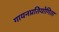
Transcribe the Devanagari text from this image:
गायनप्रतियोगिता